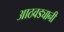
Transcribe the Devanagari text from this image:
आठवड्यानी